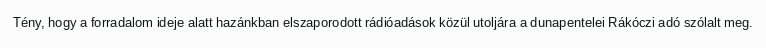
Tény, hogy a forradalom ideje alatt hazánkban elszaporodott rádióadások közül utoljára a dunapentelei Rákóczi adó szólalt meg.